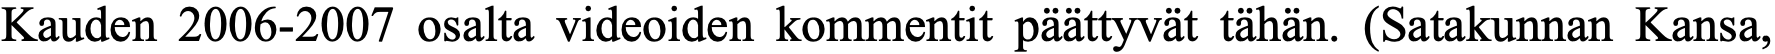
Kauden 2006-2007 osalta videoiden kommentit päättyvät tähän. (Satakunnan Kansa,